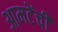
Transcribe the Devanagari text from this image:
आमटेंची